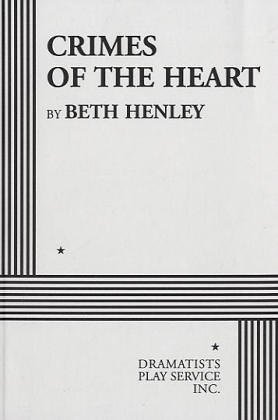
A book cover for Crimes of the Heart.; Beth Henley; Literature & Fiction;